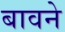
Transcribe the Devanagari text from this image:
बावने